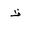
Letter: _za